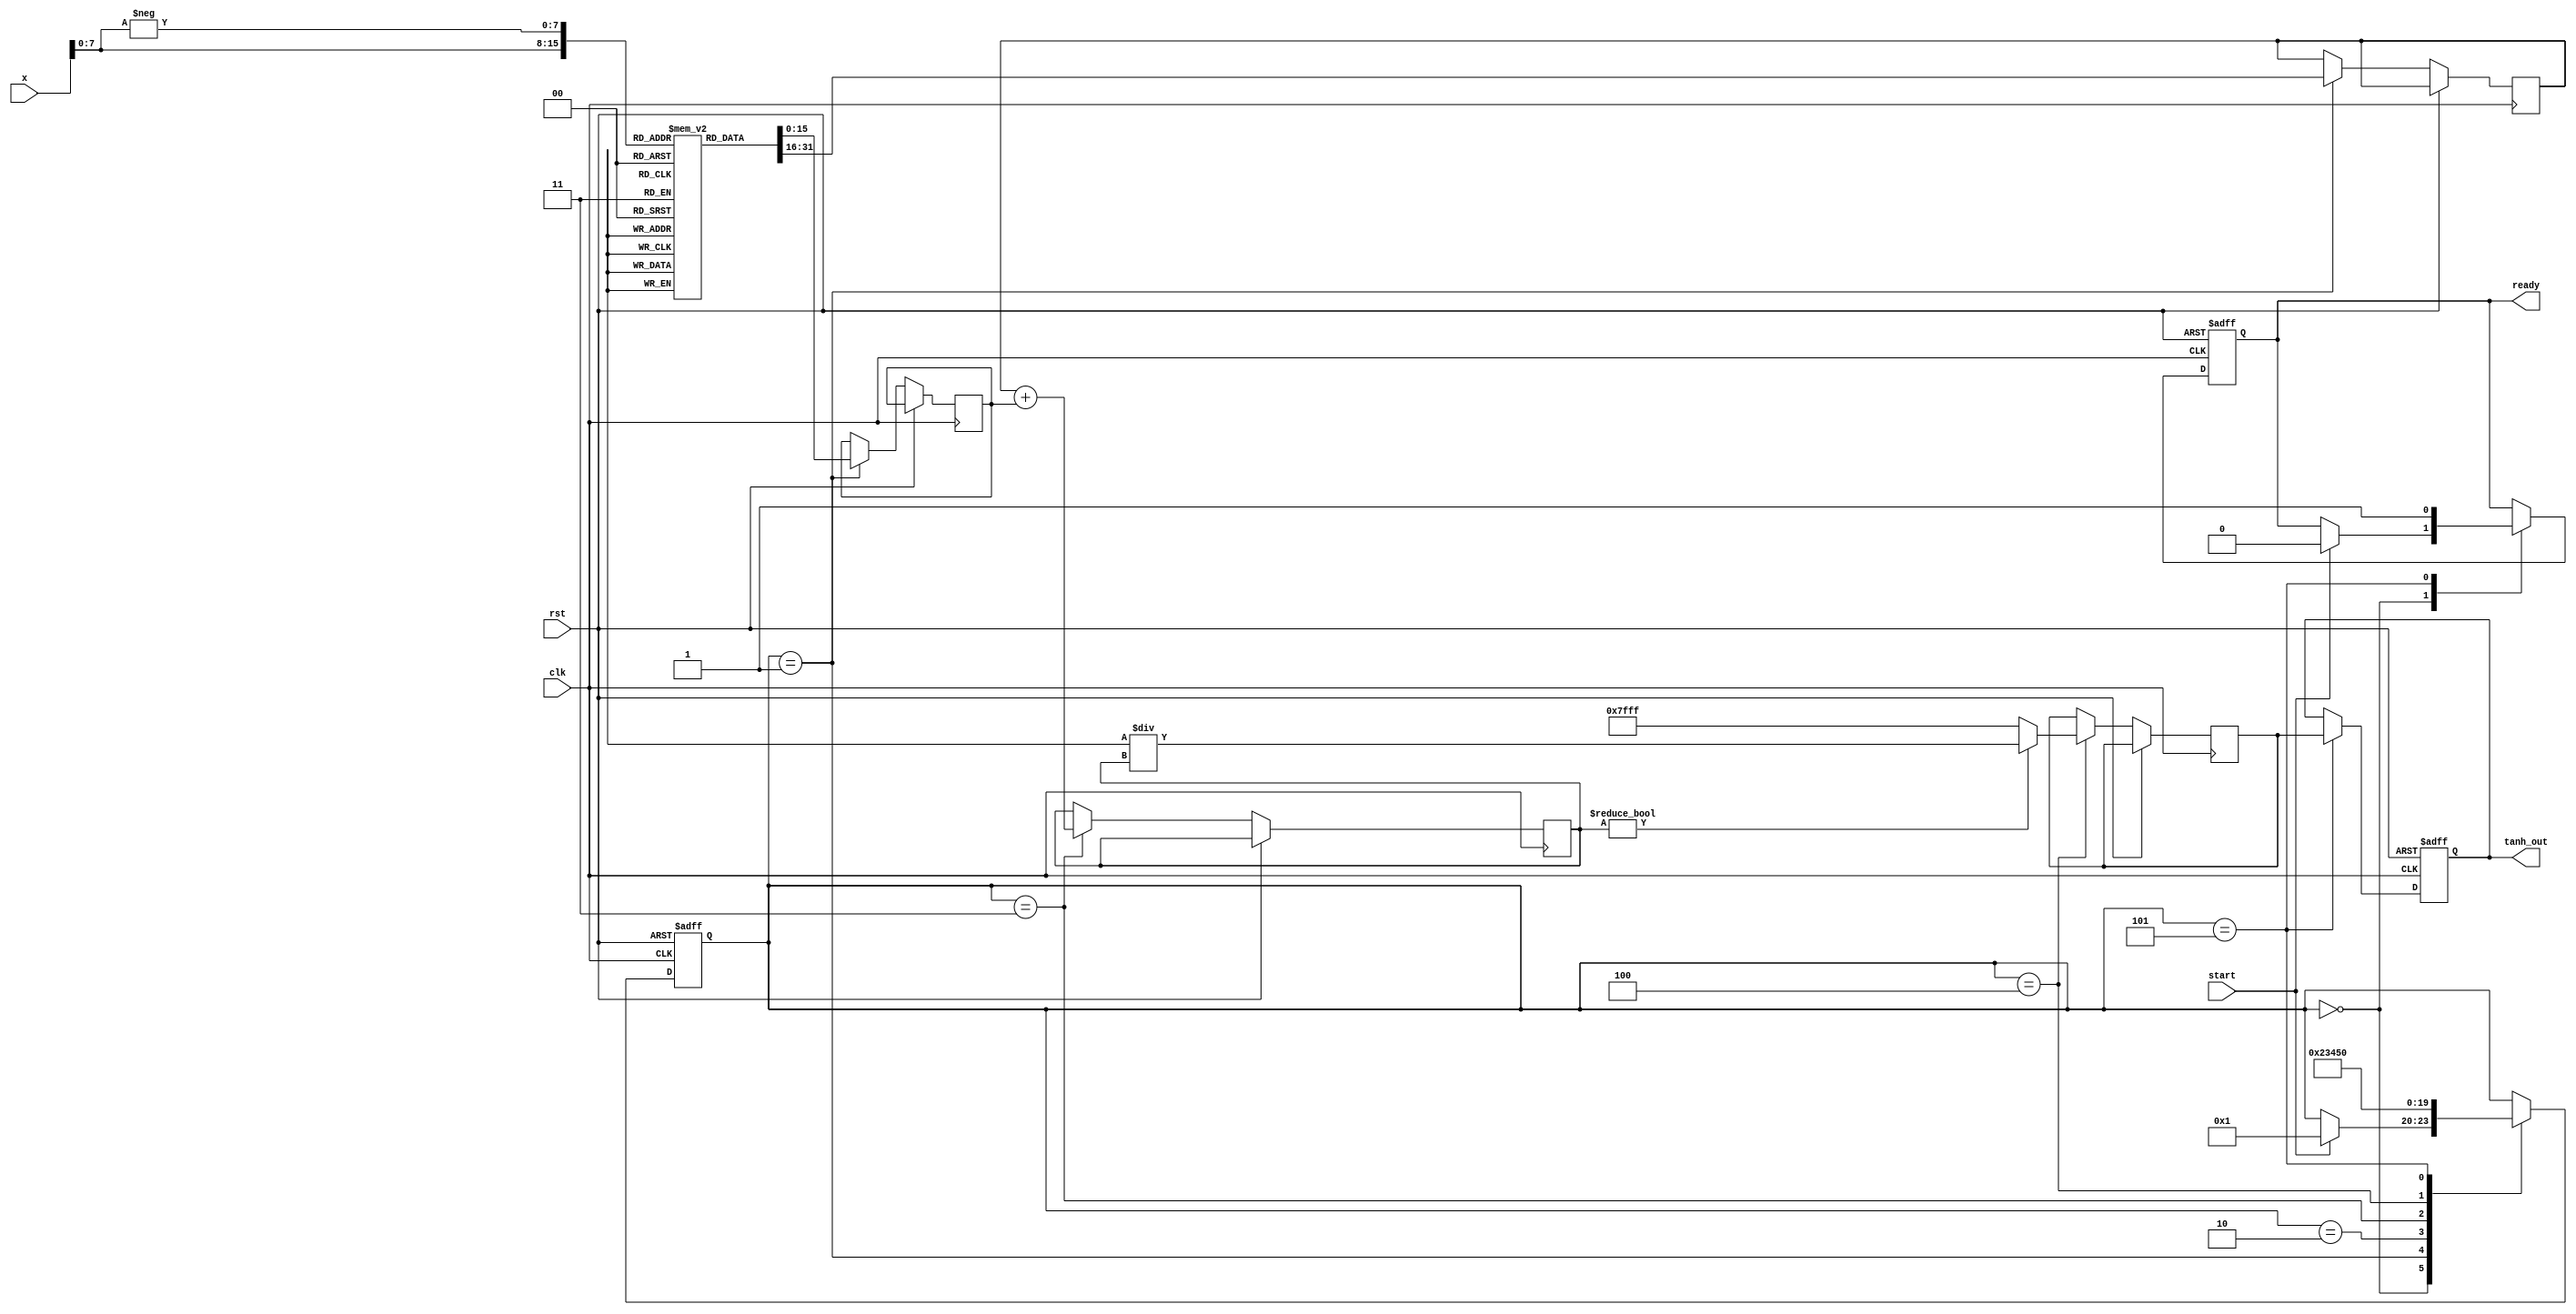
module tanh_block (
    input wire [15:0] x,        // Input: 16-bit signed fixed-point
    input wire clk,             // Clock signal
    input wire rst,             // Reset signal
    input wire start,           // Start signal for computation
    output reg [15:0] tanh_out, // Output: 16-bit signed fixed-point
    output reg ready            // Ready signal
);

    // Internal signals
    reg [15:0] exp_x;           // e^x
    reg [15:0] exp_neg_x;       // e^(-x)
    reg [15:0] numerator;       // e^x - e^(-x)
    reg [15:0] denominator;     // e^x + e^(-x)
    reg [15:0] tanh_temp;       // Temporary tanh value
    reg [3:0] state;            // State for FSM

    // State encoding
    localparam IDLE = 4'b0000,
               CALC_EXP = 4'b0001,
               CALC_NUM = 4'b0010,
               CALC_DEN = 4'b0011,
               DIVIDE = 4'b0100,
               DONE = 4'b0101;

    // Lookup table for e^x and e^(-x) (simplified for demonstration)
    reg [15:0] exp_lut [0:255]; // LUT for e^x for x in range [-128, 127]
    
    initial begin
        // Initialize the exponential lookup table (example values)
        // This should be filled with actual pre-computed values
        // For example, exp_lut[0] = 16'h0001 (e^0 = 1)
        // Fill in the rest of the LUT as needed
    end

    // FSM for tanh computation
    always @(posedge clk or posedge rst) begin
        if (rst) begin
            state <= IDLE;
            tanh_out <= 16'b0;
            ready <= 1'b0;
        end else begin
            case (state)
                IDLE: begin
                    if (start) begin
                        state <= CALC_EXP;
                        ready <= 1'b0;
                    end
                end
                CALC_EXP: begin
                    // Calculate e^x and e^(-x) using the lookup table
                    exp_x <= exp_lut[x[7:0]]; // Assuming x is in range [-128, 127]
                    exp_neg_x <= exp_lut[-x[7:0]];
                    state <= CALC_NUM;
                end
                CALC_NUM: begin
                    // Calculate numerator: e^x - e^(-x)
                    numerator <= exp_x - exp_neg_x;
                    state <= CALC_DEN;
                end
                CALC_DEN: begin
                    // Calculate denominator: e^x + e^(-x)
                    denominator <= exp_x + exp_neg_x;
                    state <= DIVIDE;
                end
                DIVIDE: begin
                    // Perform division: tanh = numerator / denominator
                    if (denominator != 0) begin
                        tanh_temp <= (numerator << 16) / denominator; // Scale for fixed-point
                    end else begin
                        tanh_temp <= 16'h7FFF; // Saturate to 1 if denominator is zero
                    end
                    state <= DONE;
                end
                DONE: begin
                    tanh_out <= tanh_temp[15:0]; // Assign output
                    ready <= 1'b1; // Indicate computation is done
                    state <= IDLE; // Go back to IDLE
                end
            endcase
        end
    end

endmodule